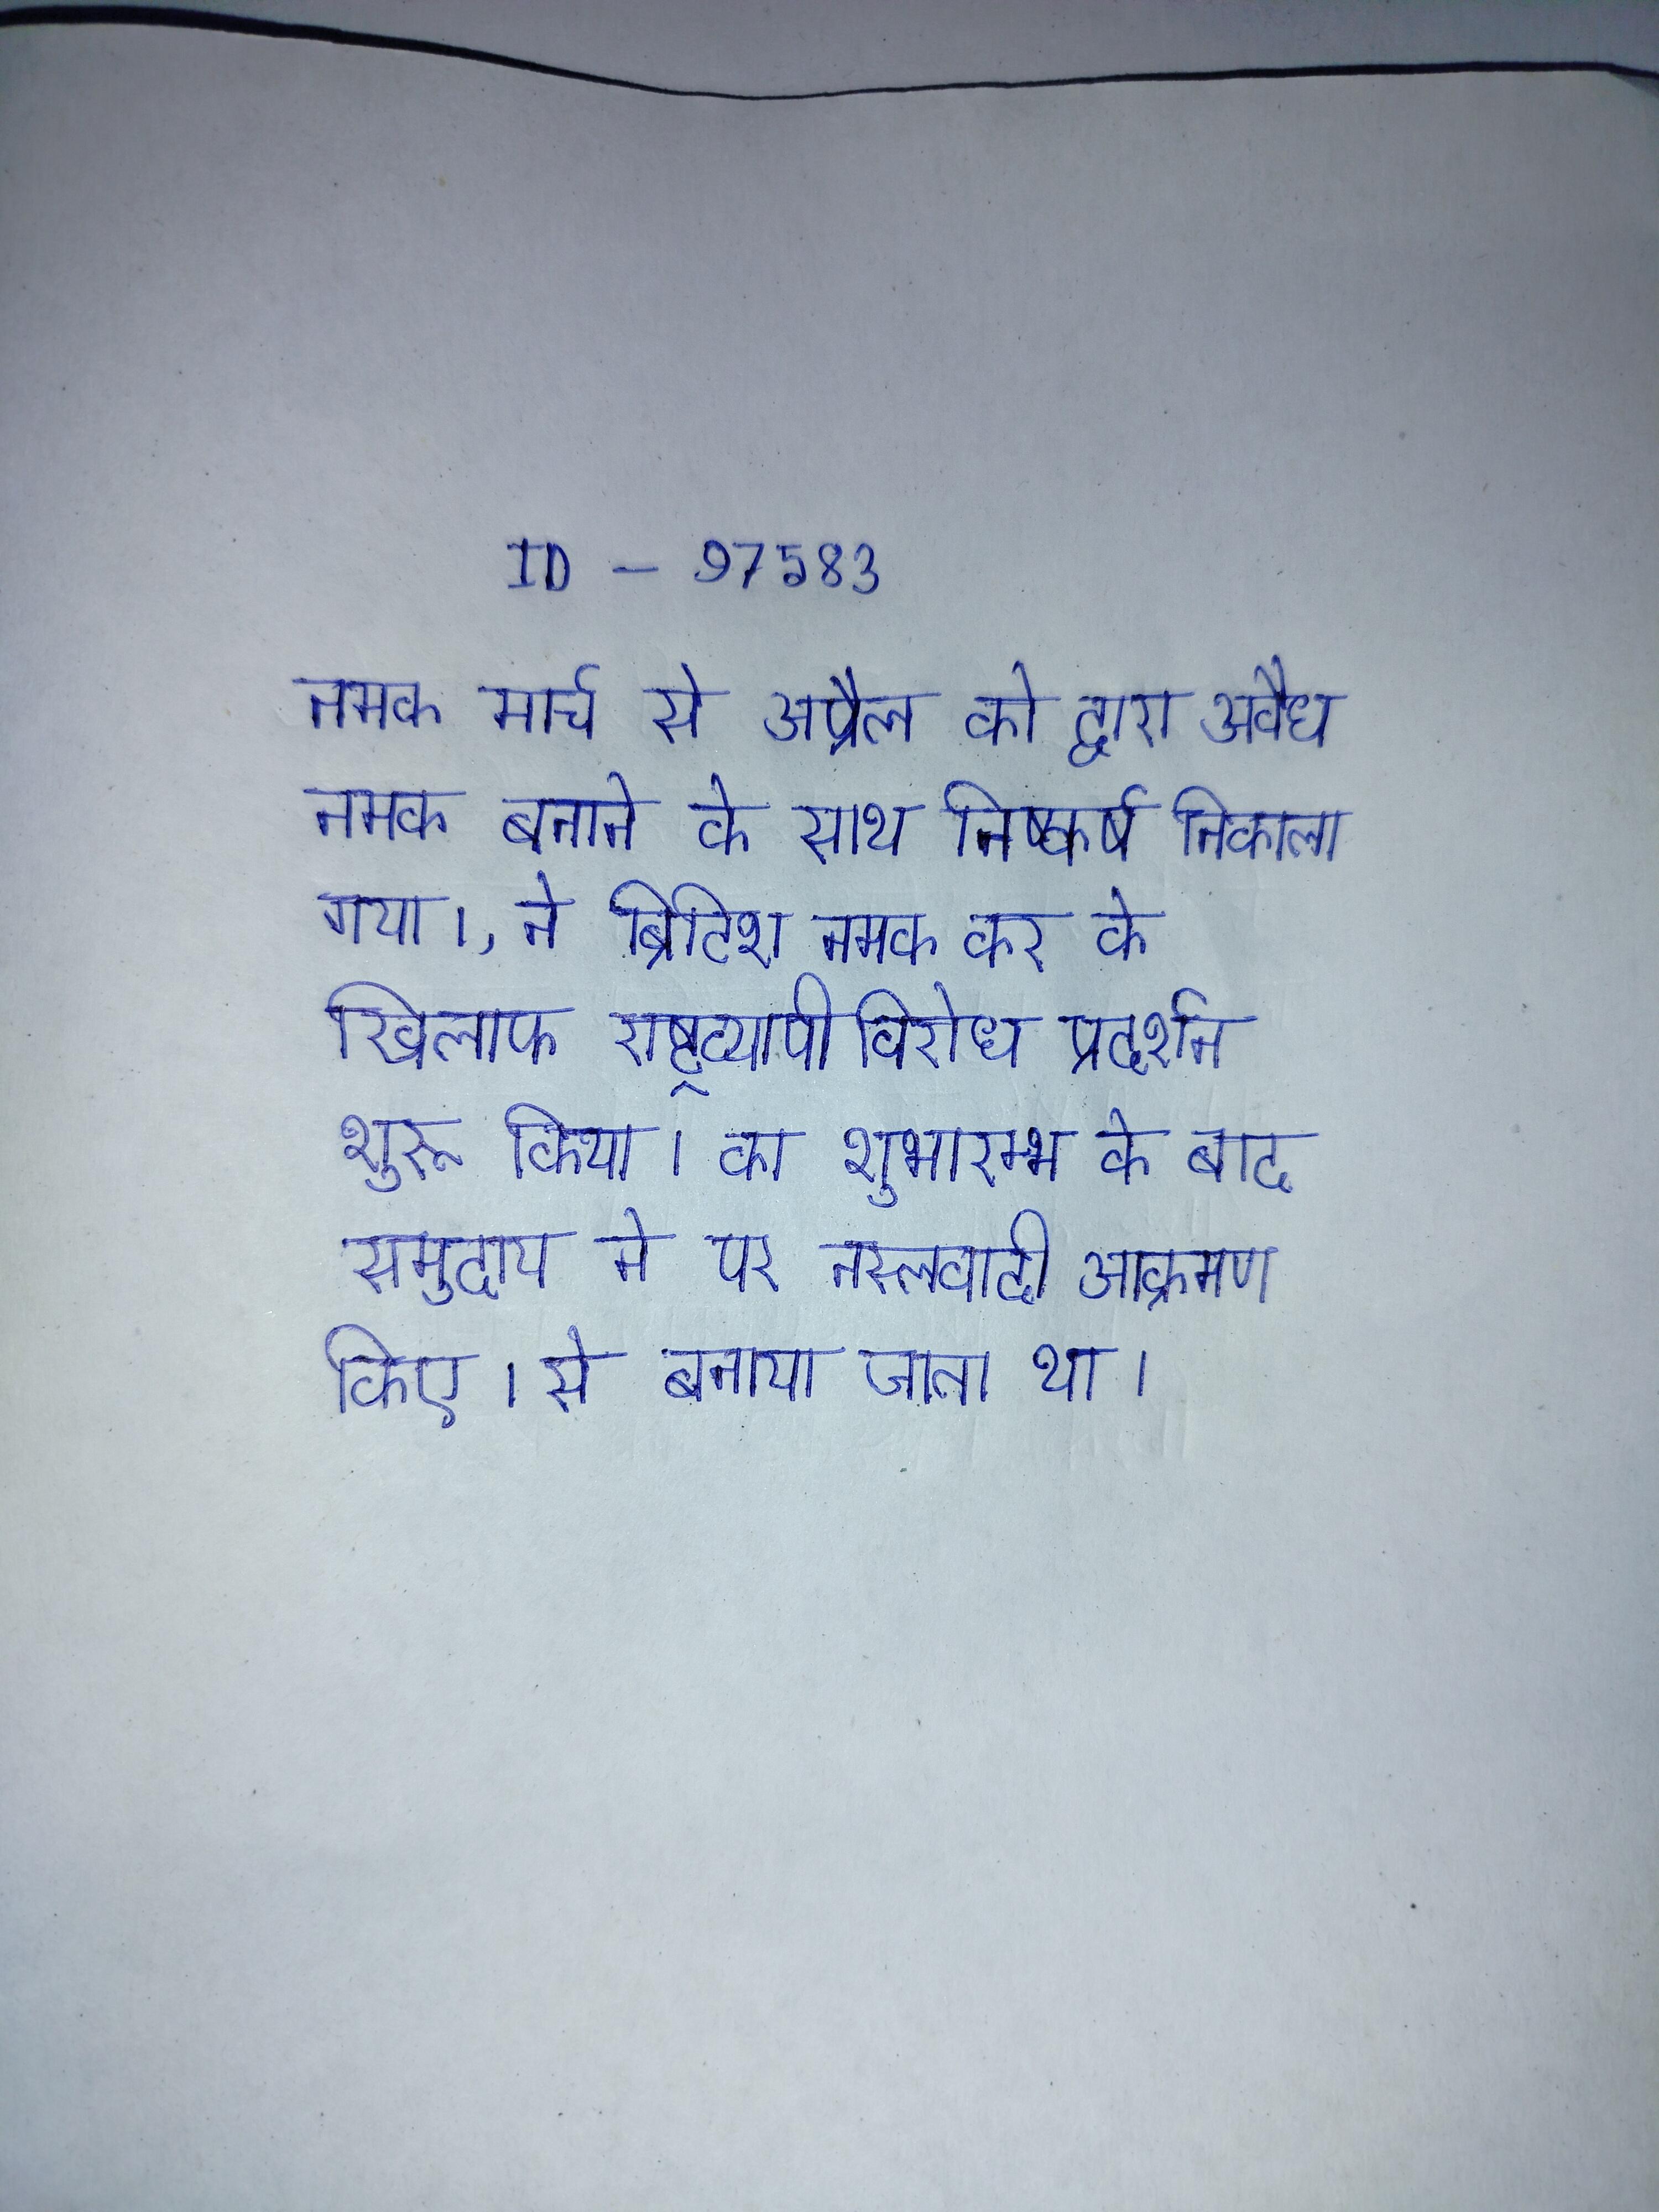
नमक मार्च से अप्रैल को द्वारा अवैध नमक बनाने के साथ निष्कर्ष निकाला गया।, ने ब्रिटिश नमक कर के खिलाफ राष्ट्रव्यापी विरोध प्रदर्शन शुरू किया । का शुभारम्भ के बाद समुदाय ने पर नस्लवादी आक्रमण किए । से बनाया जाता था ।